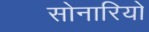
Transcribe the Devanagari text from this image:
सोनारियो